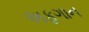
અફગાન